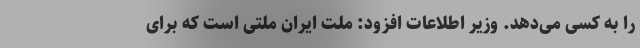
را به کسی می‌دهد. وزیر اطلاعات افزود: ملت ایران ملتی است که برای